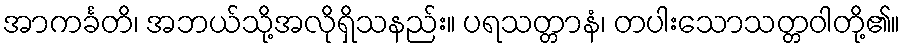
အာကင်္ခတိ၊ အဘယ်သို့အလိုရှိသနည်း။ ပရသတ္တာနံ၊ တပါးသောသတ္တဝါတို့၏။